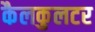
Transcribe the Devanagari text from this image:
कैलकुलटर